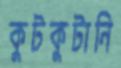
কুটকুটানি